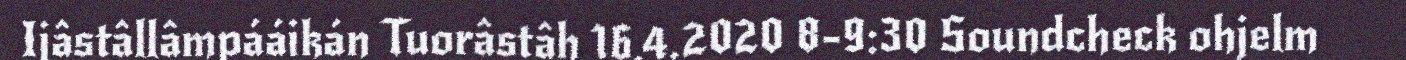
Ijâstâllâmpááikán Tuorâstâh 16.4.2020 8-9:30 Soundcheck ohjelm